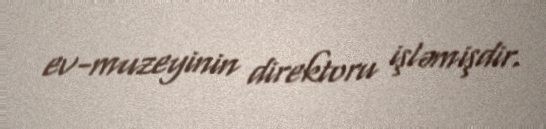
ev-muzeyinin direktoru işləmişdir.